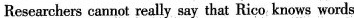
Researchers cannot really say that Rico knows words